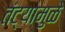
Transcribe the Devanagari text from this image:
तंट्यामुळे